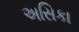
અસિકા